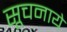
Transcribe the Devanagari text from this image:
सूचनाये